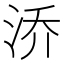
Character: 㳢